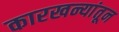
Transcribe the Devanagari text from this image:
कारखन्यांतून